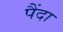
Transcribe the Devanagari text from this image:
पैंदा